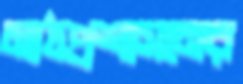
মাঠপ্রশাসনের